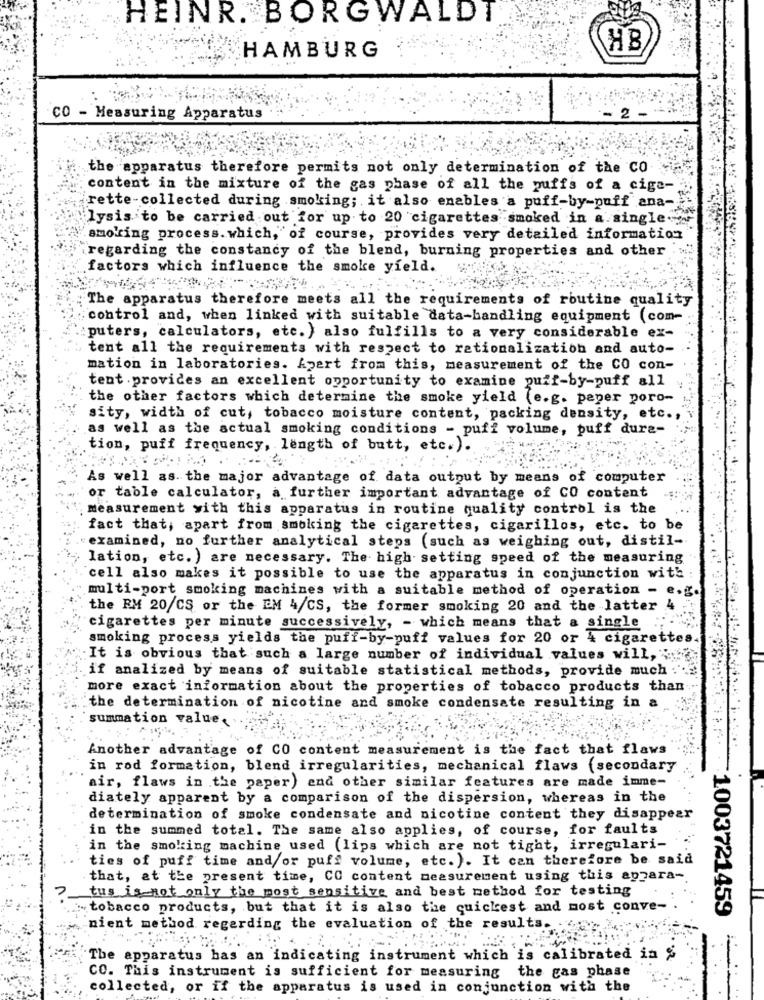
HEINR . BORGWALDT
HAMBURG
HB
CO - Measuring Apparatus
the apparatus therefore permits not only determination of the CO
content in the mixture of the gas phase of all the puffs of a cige-
rette-collected during smoking; it also enables a puff-by-puff ana-
lysis to be carried out for up to 20 cigarettes smoked in a single-
smoking process. which, of course, provides very detailed information
regarding the constancy of the blend, burning properties and other
factors which influence the smoke yield.
The apparatus therefore meets all the requirements of routine quality
control and, when linked with suitable data-handling equipment (com-
:puters, calculators, etc. ) also fulfills to a very considerable ex-
tent all the requirements with respect to rationalization and auto-
mation in laboratories. Apart from this, measurement of the CO con-
tent . provides an excellent opportunity to examine puif-by-puff all
the other factors which determine the smoke yield (e.g. peper poro-
sity, width of cut, tobacco moisture content, packing density, etc .,
as well as the actual smoking conditions - puff volume, puff dura-
tion, puff frequency, length of butt, etc.).
As well as. the major advantage of data output by means of computer
or table calculator, a further important advantage of CO content
measurement yith this apparatus in routine quality control is the
fact that, apart from smoking the cigarettes, cigarillos, etc. to be
examined, no further analytical steps (such as weighing out, distil-
lation, etc. ) are necessary. The high setting speed of the measuring
cell also makes it possible to use the apparatus in conjunction with :
multi-port smoking machines with a suitable method of operation - e.g.
the RM 20/CS or the EM 4/CS, the former smoking 20 and the latter 4
cigarettes per minute successively, - which means that a single
smoking process yields the puff-by-puff values for 20 or 4 cigarettes.
It is obvious that such a large number of individual values will,
if analized by means of suitable statistical methods, provide much
more exact information about the properties of tobacco products than
the determination of nicotine and smoke condensate resulting in a
summation value,
Another advantage of CO content measurement is the fact that flaws
in rod formation, blend irregularities, mechanical flaws (secondary
air, flaws in the paper) and other similar features are made imme-
diately apparent by a comparison of the dispersion, whereas in the
determination of smoke condensate and nicotine content they disappear
in the summed total. The same also applies, of course, for faults
in the smoking machine used (lips which are not tight, irregulari-
ties of puff time and/or puff volume, etc.). It can therefore be said
that, at the present time, CO content measurement using this apzara-
tus is not only the most sensitive and best method for testing
tobacco products, but that it is also the quickest and most conve-
1003721459
nient method regarding the evaluation of the results
The apparatus has an indicating instrument which is calibrated in %
CO. This instrument is sufficient for measuring the gas phase
collected, or if the apparatus is used in conjunction with the